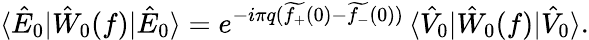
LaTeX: \langle\hat{E}_{0}|\hat{W}_{0}(f)|\hat{E}_{0}\rangle=e^{-i\pi q(\widetilde{f_{+}}(0)-\widetilde{f_{-}}(0))}\, \langle\hat{V}_{0}|\hat{W}_{0}(f)|\hat{V}_{0}\rangle.